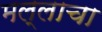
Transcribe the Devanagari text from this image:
मल्लाचा